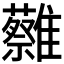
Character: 𩁞